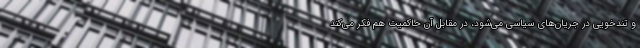
و تندخویی در جریان‌های سیاسی می‌شود، در مقابل آن حاکمیت هم فکر ‌می‌کند